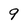
Character: 9